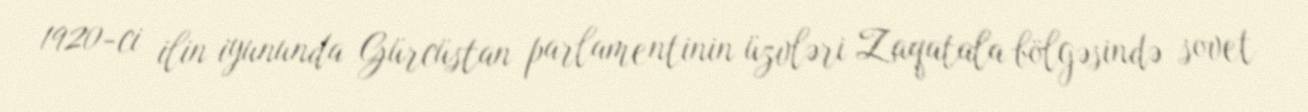
1920-ci ilin iyununda Gürcüstan parlamentinin üzvləri Zaqatala bölgəsində sovet